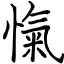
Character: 愾